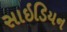
સાઇડિયન